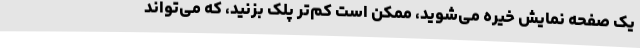
یک صفحه نمایش خیره می‌شوید، ممکن است کم‌تر پلک بزنید، که می‌تواند